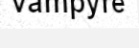
vampyre